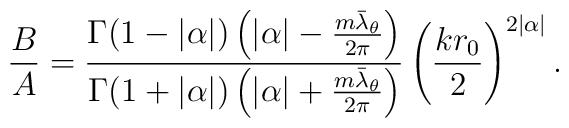
\frac{B}{A}=\frac{\Gamma(1-|\alpha|)\left(|\alpha|-\frac{m\bar{\lambda}_{\theta}}{2\pi}\right)}{\Gamma(1+|\alpha|)\left(|\alpha|+\frac{m\bar{\lambda}_{\theta}}{2\pi}\right)}\left(\frac{kr_0 }{2}\right)^{2|\alpha|}.